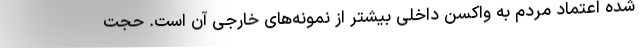
شده اعتماد مردم به واکسن داخلی بیشتر از نمونه‌های خارجی آن است. حجت